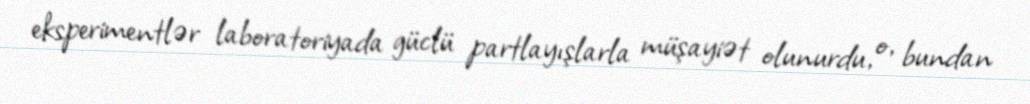
eksperimentlər laboratoriyada güclü partlayışlarla müşayiət olunurdu, o, bundan